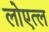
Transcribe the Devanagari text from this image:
लोएत्ल